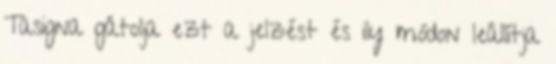
Tasigna gátolja ezt a jelzést és ily módon leállítja